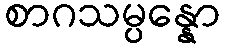
စာဂသမ္ပန္နော